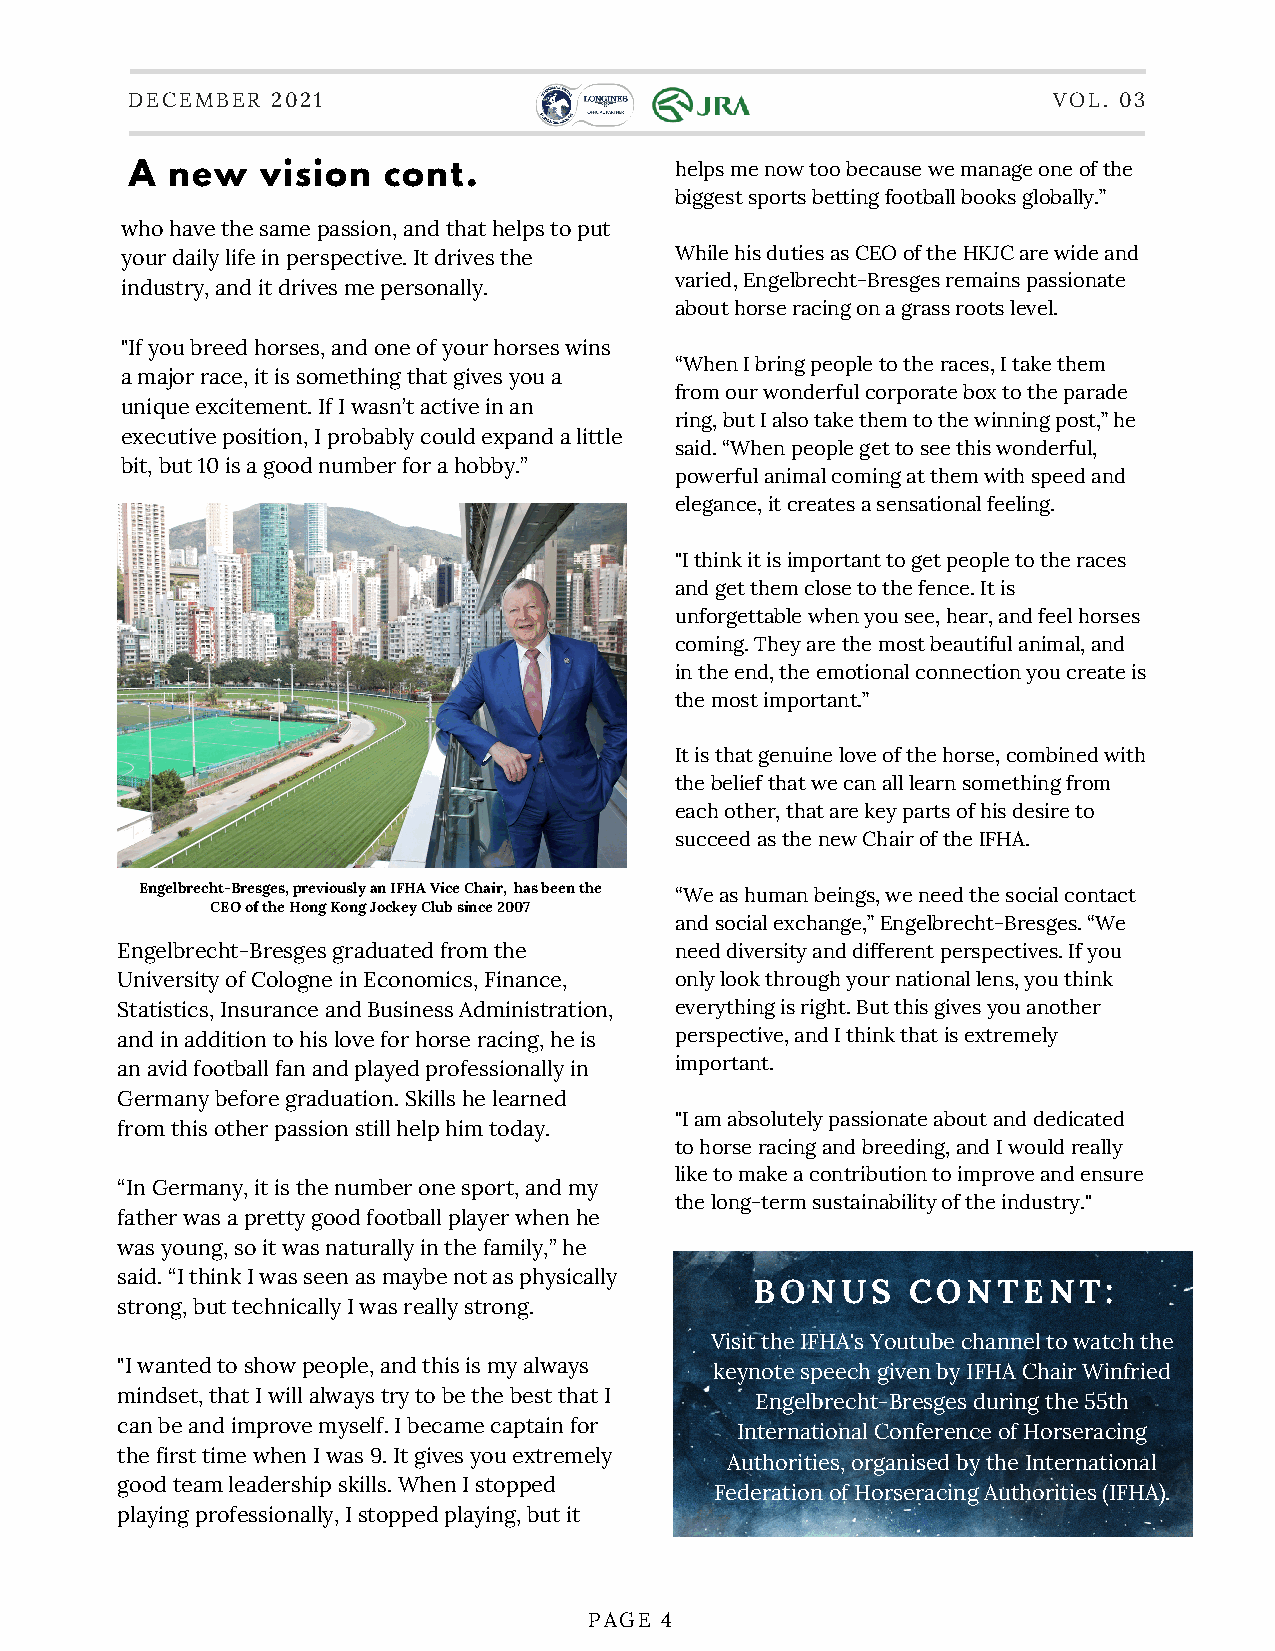
DECEMBER  2021                                                VOL. 03
 A new   vision  cont.               helps me now too because we manage one of the
 biggest sports betting football books globally.”
 who have the same passion, and that helps to put
 your daily life in perspective. It drives the While his duties as CEO of the HKJC are wide and
 varied, Engelbrecht-Bresges remains passionate
 industry, and it drives me personally.
 about horse racing on a grass roots level.
 "If you breed horses, and one of your horses wins
 “When I bring people to the races, I take them
 a major race, it is something that gives you a
 from our wonderful corporate box to the parade
 unique excitement. If I wasn’t active in an
 ring, but I also take them to the winning post,” he
 executive position, I probably could expand a little
 said. “When people get to see this wonderful,
 bit, but 10 is a good number for a hobby.”
 powerful animal coming at them with speed and
 elegance, it creates a sensational feeling.
 "I think it is important to get people to the races
 and get them close to the fence. It is
 unforgettable when you see, hear, and feel horses
 coming. They are the most beautiful animal, and
 in the end, the emotional connection you create is
 the most important.”
 It is that genuine love of the horse, combined with
 the belief that we can all learn something from
 each other, that are key parts of his desire to
 succeed as the new Chair of the IFHA.
 Engelbrecht-Bresges, previously an IFHA Vice Chair, has been the “We as human beings, we need the social contact
 CEO of the Hong Kong Jockey Club since 2007
 and social exchange,” Engelbrecht-Bresges. “We
 Engelbrecht-Bresges graduated from the need diversity and different perspectives. If you
 University of Cologne in Economics, Finance, only look through your national lens, you think
 Statistics, Insurance and Business Administration, everything is right. But this gives you another
 and in addition to his love for horse racing, he is perspective, and I think that is extremely
 an avid football fan and played professionally in important.
 Germany before graduation. Skills he learned
 "I am absolutely passionate about and dedicated
 from this other passion still help him today.
 to horse racing and breeding, and I would really
 like to make a contribution to improve and ensure
 “In Germany, it is the number one sport, and my
 the long-term sustainability of the industry."
 father was a pretty good football player when he
 was young, so it was naturally in the family,” he
 said. “I think I was seen as maybe not as physically
 BONUS     CONTENT:
 strong, but technically I was really strong.
 Visit the IFHA's Youtube channel to watch the
 "I wanted to show people, and this is my always keynote speech given by IFHA Chair Winfried
 mindset, that I will always try to be the best that I Engelbrecht-Bresges during the 55th
 can be and improve myself. I became captain for
 International Conference of Horseracing
 the first time when I was 9. It gives you extremely
 Authorities, organised by the International
 good team leadership skills. When I stopped
 Federation of Horseracing Authorities (IFHA).
 playing professionally, I stopped playing, but it
 PAGE 4